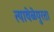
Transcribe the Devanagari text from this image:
त्यावेळेपुरता